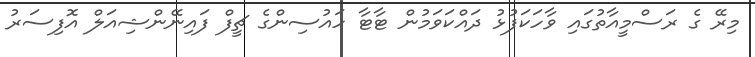
މިރޭ ގެ ރަސްމީއާތުގައި ވާހަކަފުޅު ދައްކަވަމުން ޓާޓާ ހައުސިންގެ ޗީފް ފައިނޭންޝިއަލް އޮފިސަރު